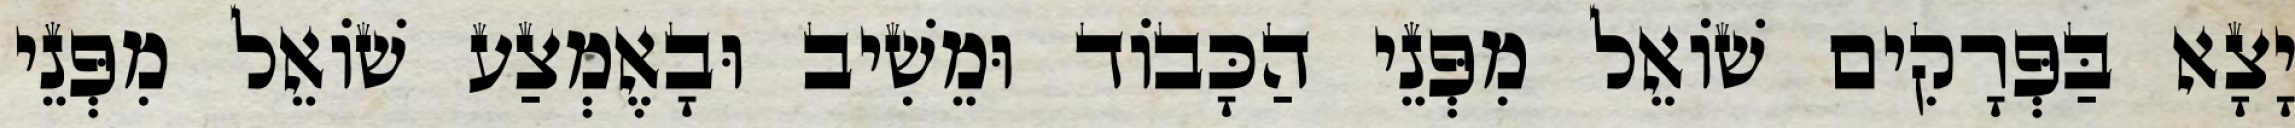
יָצָא בַּפְּרָקִים שׁוֹאֵל מִפְּנֵי הַכָּבוֹד וּמֵשִׁיב וּבָאֶמְצַע שׁוֹאֵל מִפְּנֵי